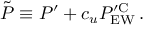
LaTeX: \tilde { P } \equiv P ^ { \prime } + c _ { u } P _ { \mathrm { E W } } ^ { \prime \mathrm { C } } \, .